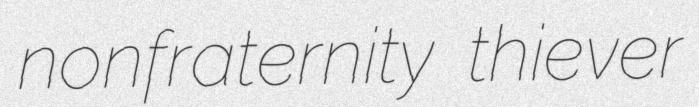
nonfraternity thiever